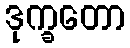
ဒုက္ခတော